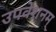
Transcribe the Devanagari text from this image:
उपवेशनम्